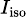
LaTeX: \scriptstyle I_{\mathrm{iso}}